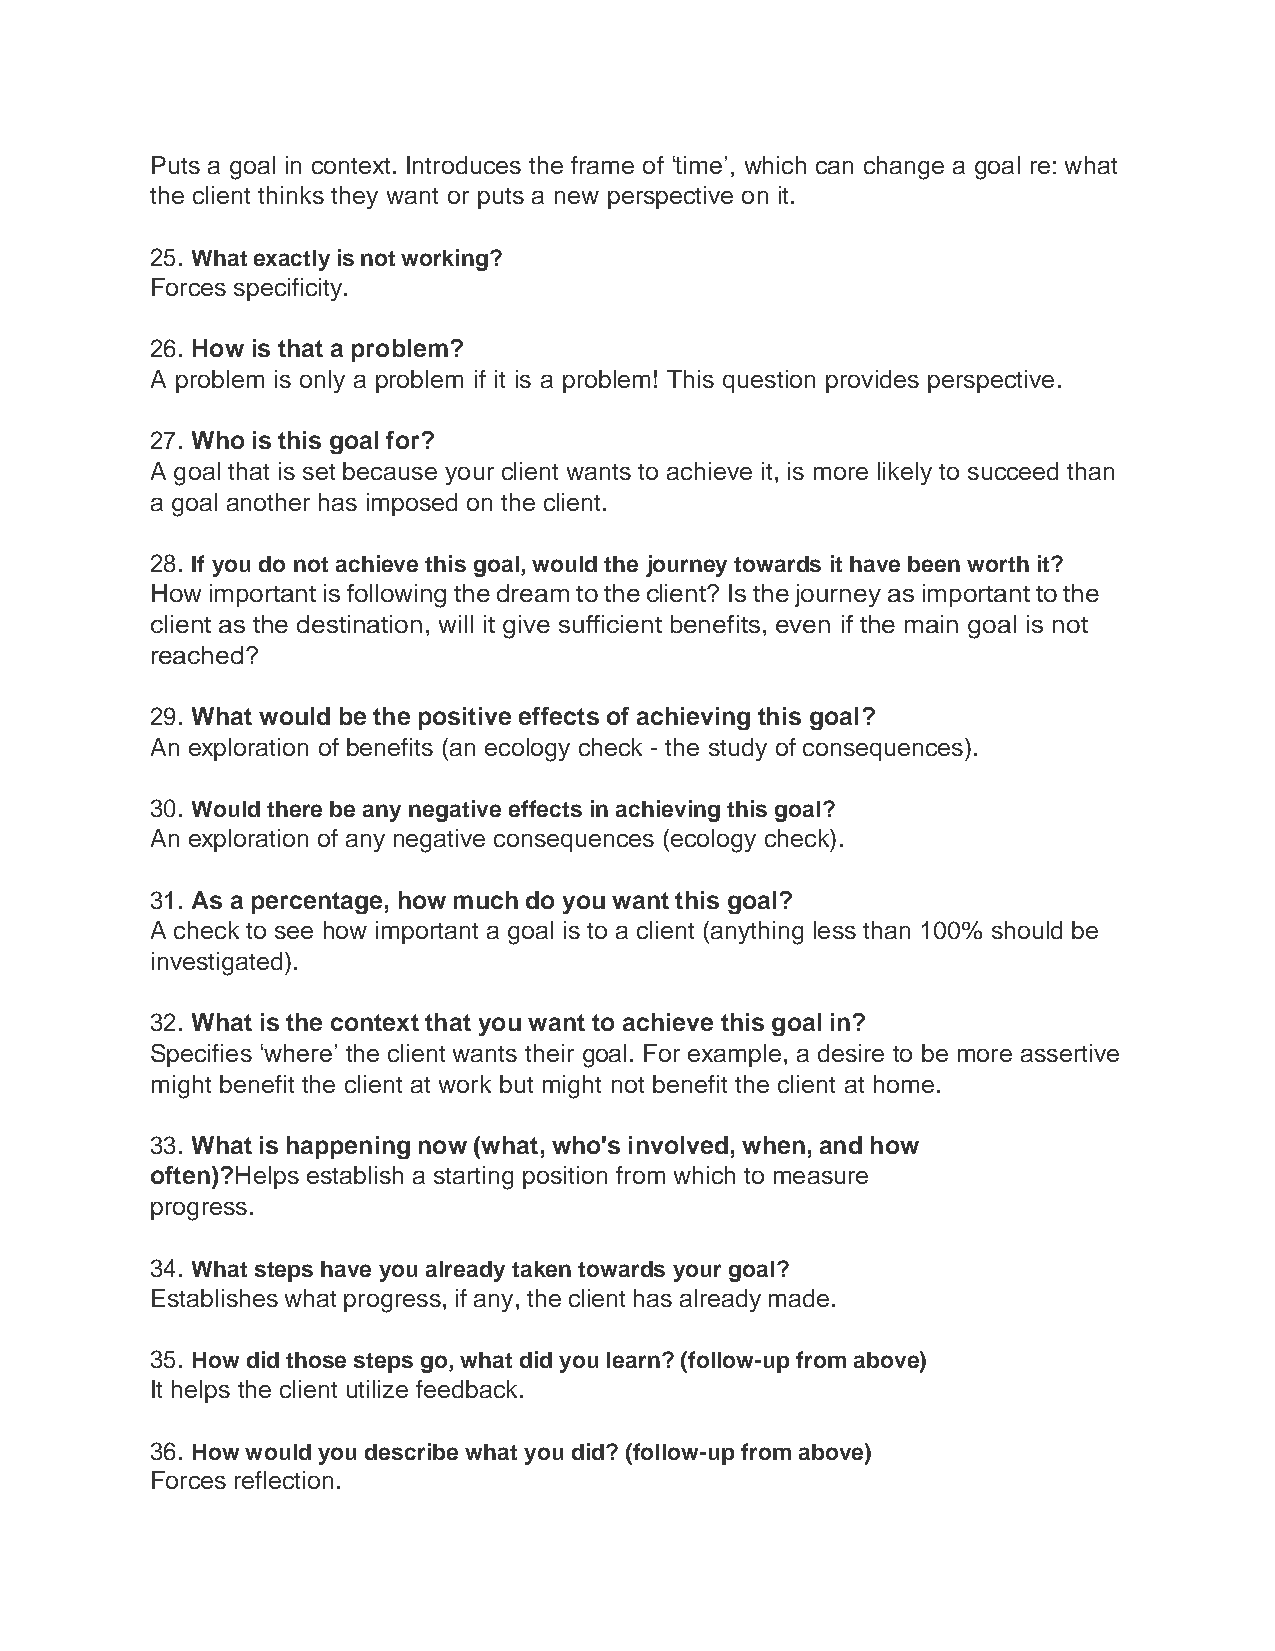
Puts a goal in context. Introduces the frame of ‘time’, which can change a goal re: what
 the client thinks they want or puts a new perspective on it.
 25. What exactly is not working?
 Forces specificity.
 26. How is that a problem?
 A problem is only a problem if it is a problem! This question provides perspective.
 27. Who is this goal for?
 A goal that is set because your client wants to achieve it, is more likely to succeed than
 a goal another has imposed on the client.
 28. If you do not achieve this goal, would the journey towards it have been worth it?
 How important is following the dream to the client? Is the journey as important to the
 client as the destination, will it give sufficient benefits, even if the main goal is not
 reached?
 29. What would be the positive effects of achieving this goal?
 An exploration of benefits (an ecology check - the study of consequences).
 30. Would there be any negative effects in achieving this goal?
 An exploration of any negative consequences (ecology check).
 31. As a percentage, how much do you want this goal?
 A check to see how important a goal is to a client (anything less than 100% should be
 investigated).
 32. What is the context that you want to achieve this goal in?
 Specifies ‘where’ the client wants their goal. For example, a desire to be more assertive
 might benefit the client at work but might not benefit the client at home.
 33. What is happening now (what, who's involved, when, and how
 often)? Helps establish a starting position from which to measure
 progress.
 34. What steps have you already taken towards your goal?
 Establishes what progress, if any, the client has already made.
 35. How did those steps go, what did you learn? (follow-up from above)
 It helps the client utilize feedback.
 36. How would you describe what you did? (follow-up from above)
 Forces reflection.